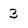
Character: 3